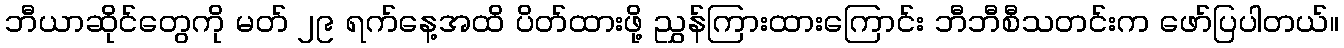
ဘီယာဆိုင်တွေကို မတ် ၂၉ ရက်နေ့အထိ ပိတ်ထားဖို့ ညွှန်ကြားထားကြောင်း ဘီဘီစီသတင်းက ဖော်ပြပါတယ်။